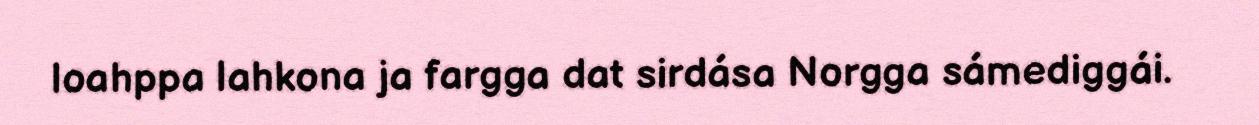
loahppa lahkona ja fargga dat sirdása Norgga sámediggái.